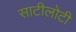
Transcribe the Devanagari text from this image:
साटीलोटी